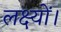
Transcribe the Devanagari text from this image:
लक्ष्यों।